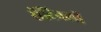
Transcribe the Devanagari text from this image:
सेंटिनलों